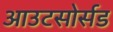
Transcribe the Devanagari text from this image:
आउटसोर्सड